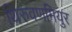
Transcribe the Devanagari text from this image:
थिरुवणमियुर